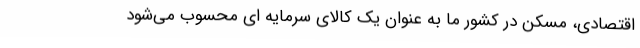
اقتصادی، مسکن در کشور ما به عنوان یک کالای سرمایه ای محسوب می‌شود